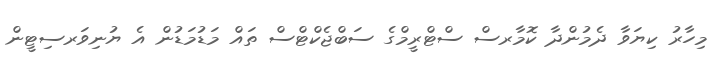
މިހާރު ކިޔަވާ ދެމުންދާ ކޮމާރސް ސްޓްރީމްގެ ސަބްޖެކްޓްސް ތައް މަޑުމަޑުން އެ ޔުނިވަރސިޓީން